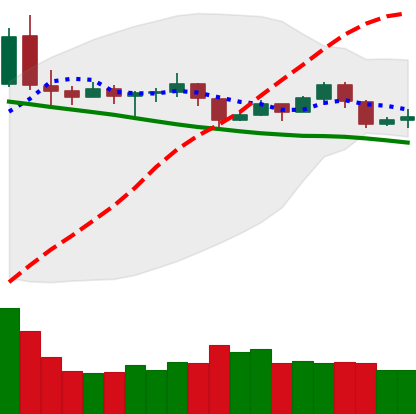
Ticker: TRX-USD
Chart end date: 2019-11-17
Forward return: -23.347%
Label: down_7plus